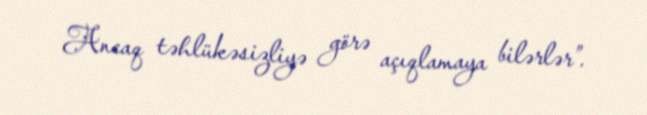
Ancaq təhlükəsizliyə görə açıqlamaya bilərlər”.